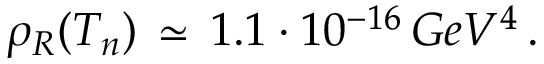
\rho _ { R } ( T _ { n } ) \, \simeq \, 1 . 1 \cdot 1 0 ^ { - 1 6 } \, G e V ^ { 4 } \, .